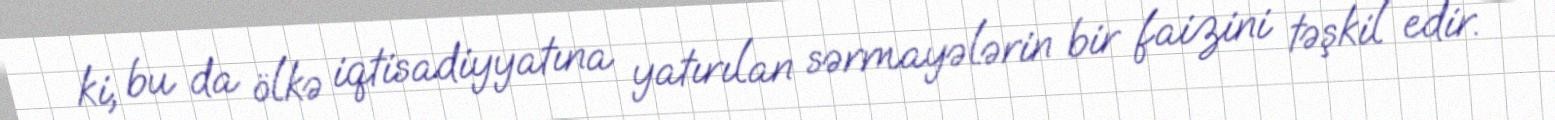
ki, bu da ölkə iqtisadiyyatına yatırılan sərmayələrin bir faizini təşkil edir.